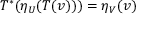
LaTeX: T ^ { * } ( \eta _ { U } ( T ( v ) ) ) = \eta _ { V } ( v )